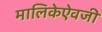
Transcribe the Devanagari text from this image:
मालिकेऐवजी